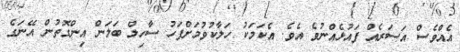
އެއްވެސް އަސަރެއް ފައުޅެއްނުވެ އެވެ. އެކަމަކު ހަލާކުވުމަށްފަހު ސާހިލް ބަލަން އިންގޮތުން އޭނަގެ